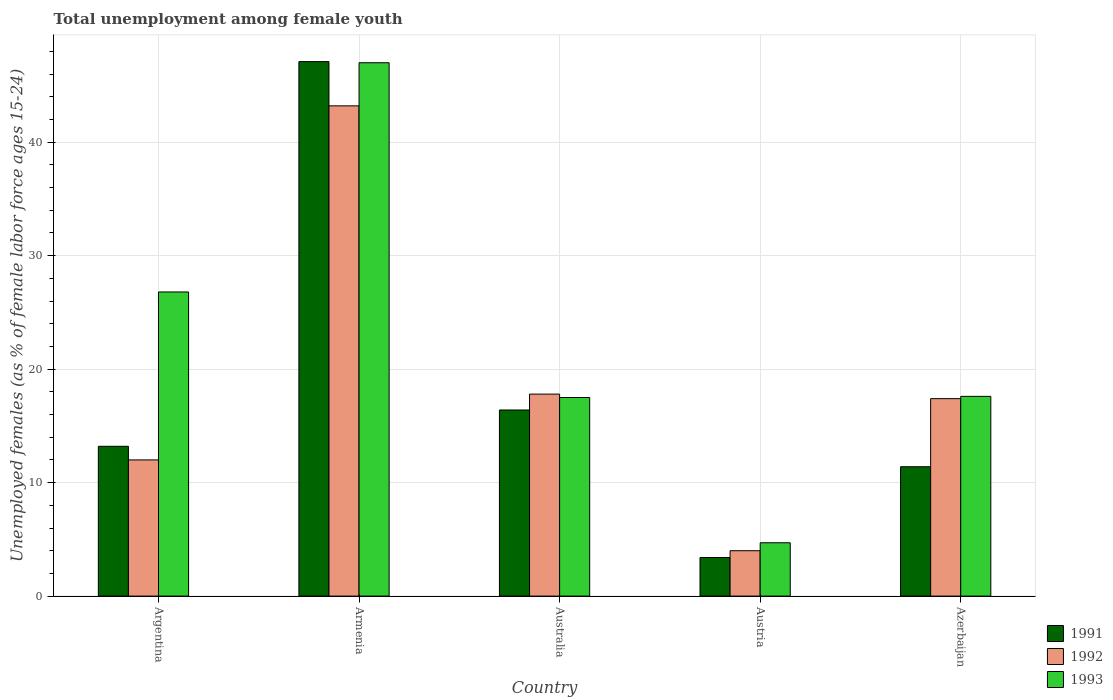
| Country | 1991 | 1992 | 1993 |
 | --- | --- | --- | --- |
 | Argentina | 13.2 | 12 | 26.8 |
 | Armenia | 47.1 | 43.2 | 47 |
 | Australia | 16.4 | 17.8 | 17.5 |
 | Austria | 3.4 | 4 | 4.7 |
 | Azerbaijan | 11.4 | 17.4 | 17.6 |